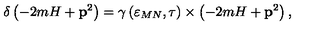
\delta \left( - 2 m H + \mathbf { p } ^ { 2 } \right) = \gamma \left( \varepsilon _ { M N } , \tau \right) \times \left( - 2 m H + \mathbf { p } ^ { 2 } \right) ,